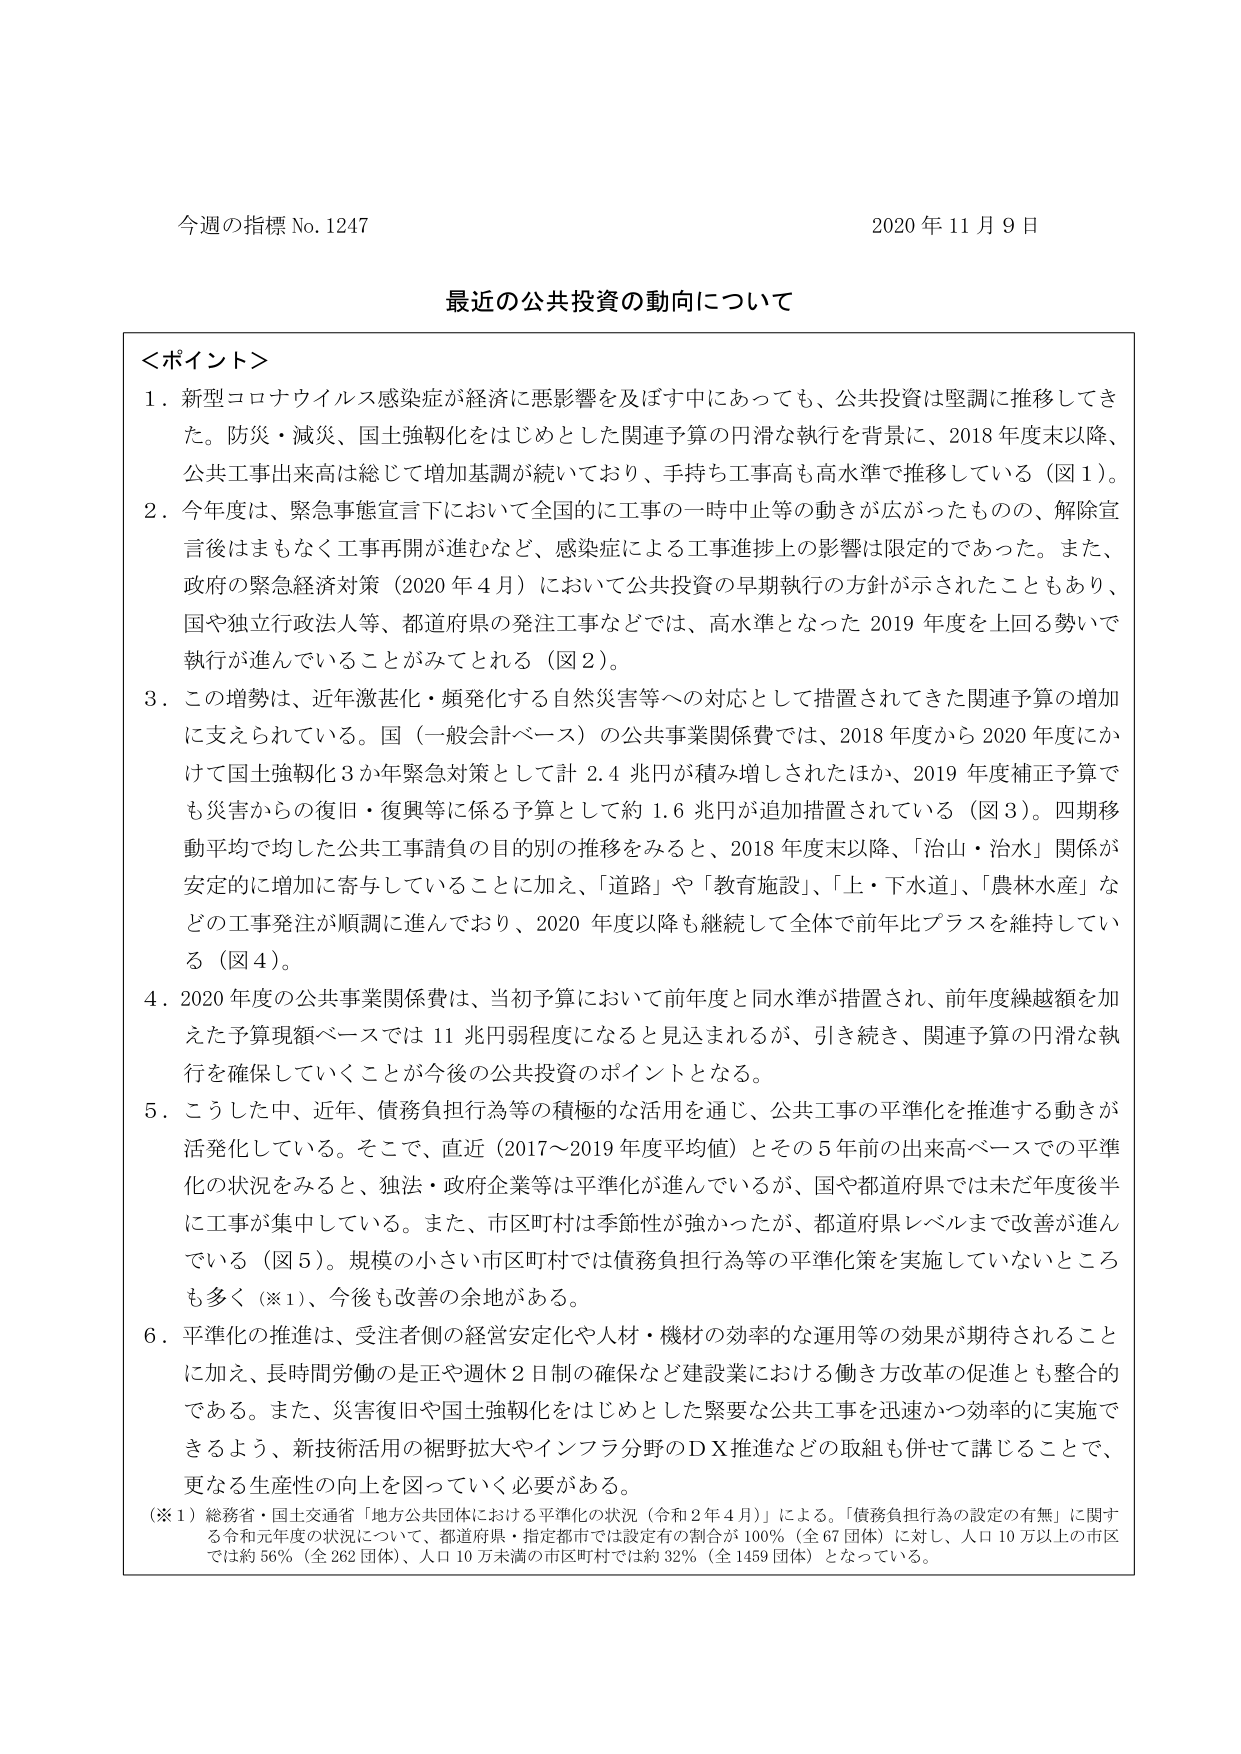
今週の指標 No.1247 2020 年 11 月 9 日

最近の公共投資の動向について

＜ポイント＞
1．新型コロナウイルス感染症が経済に悪影響を及ぼす中にもあっても、公共投資は堅調に推移してきた。防災・減災、国土強靭化をはじめとした関連予算の円滑な執行を背景に、2018 年度末以降、公共工事出来高は総じて増加基調が続いており、手持ち工事高も高水準で推移している（図 1）。
2．今年度は、緊急事態宣言下において全国的に工事の一時中止等の動きが広がったものの、解除宣言後はまもなく工事再開が進むなど、感染症による工事進捗上の影響は限定的であった。また、政府の緊急経済対策（2020 年 4 月）において公共投資の早期執行の方針が示されたこともあり、国や独立行政法人等、都道府県の発注工事などでは、高水準となった 2019 年度を上回る勢いで執行が進んでいることがみてとれる（図 2）。
3．この増勢は、近年激甚化・頻発化する自然災害等への対応として措置されてきた関連予算の増加に支えられている。国（一般会計ベース）の公共事業関係費では、2018 年度から 2020 年度にかけて国土強靭化 3 か年緊急対策として計 2.4 兆円が積み増しされたほか、2019 年度補正予算でも災害からの復旧・復興等に係る予算として約 1.6 兆円が追加措置されている（図 3）。四期移動平均で均した公共工事請負の目的別の推移をみると、2018 年度末以降、「治山・治水」関係が安定的に増加に寄与していることに加え、「道路」や「教育施設」、「上・下水道」、「農林水産」などの工事発注が順調に進んでおり、2020 年度以降も継続して全体で前年比プラスを維持している（図 4）。
4．2020 年度の公共事業関係費は、当初予算において前年度と同水準が措置され、前年度繰越額を加えた予算現額ベースでは 11 兆円弱程度になると見込まれるが、引き続き、関連予算の円滑な執行を確保していくことが今後の公共投資のポイントとなる。
5．こうした中、近年、債務負担行為等の積極的な活用を通じ、公共工事の平準化を推進する動きが活発化している。そこで、直近（2017～2019 年度平均値）とその 5 年前の出来高ベースでの平準化の状況をみると、独法・政府企業等は平準化が進んでいるが、国や都道府県では未だ年度後半に工事が集中している。また、市区町村は季節性が強かったが、都道府県レベルまで改善が進んでいる（図 5）。規模の小さい市区町村では債務負担行為等の平準化策を実施していないところも多く（※1）、今後も改善の余地がある。
6．平準化の推進は、受注者側の経営安定化や人材・機材の効率的な運用等の効果が期待されることに加え、長時間労働の是正や週休 2 日制の確保など建設業における働き方改革の促進とも整合的である。また、災害復旧や国土強靭化をはじめとした緊要な公共工事を迅速かつ効率的に実施できるよう、新技術活用の裾野拡大やインフラ分野のＤＸ推進などの取組も併せて講じることで、更なる生産性の向上を図っていく必要がある。

（※1）総務省・国土交通省「地方公共団体における平準化の状況（令和 2 年 4 月）」による。「債務負担行為の設定の有無」に関する令和元年度の状況について、都道府県・指定都市では設定有の割合が 100％（全 67 団体）に対し、人口 10 万人以上の市区では約 56％（全 262 団体）、人口 10 万未満の市区町村では約 32％（全 1459 団体）となっている。